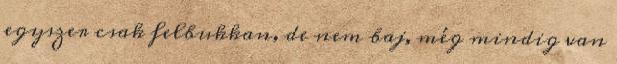
egyszer csak felbukkan, de nem baj, még mindig van